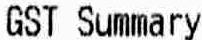
GST SUMMARY